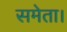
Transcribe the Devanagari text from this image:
समेता।